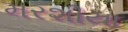
મરશીયા